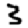
Digit: 3